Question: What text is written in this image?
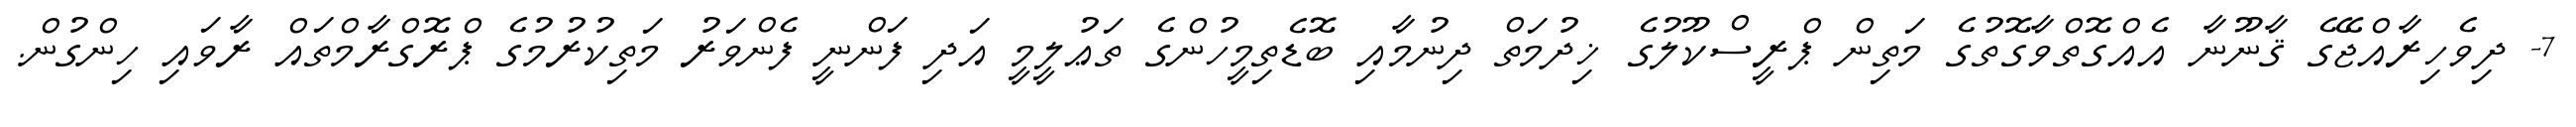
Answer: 7- ދިވެހިރާއްޖޭގެ ޤާނޫނާ އެއްގޮތްވާގޮތުގެ މަތިން ޕްރީސްކޫލުގެ ޚިދުމަތް ދިނުމާއި ބޮޑެތިމީހުންގެ ތަޢުލީމީ އަދި ފަންނީ ފެންވަރު މަތިކުރުމުގެ ޕްރޮގްރާމްތައް ރާވައި ހިންގުން.